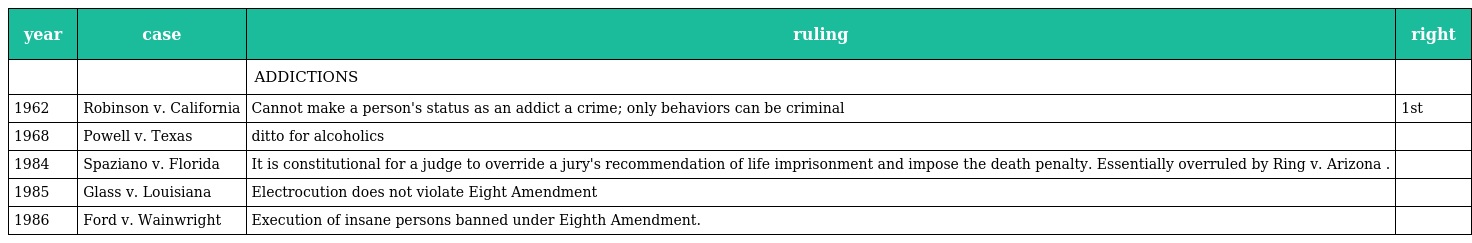
| year | case | ruling | right |
 | --- | --- | --- | --- |
 |  |  | ADDICTIONS |  |
 | 1962 | Robinson v. California | Cannot make a person's status as an addict a crime; only behaviors can be criminal | 1st |
 | 1968 | Powell v. Texas | ditto for alcoholics |  |
 | 1984 | Spaziano v. Florida | It is constitutional for a judge to override a jury's recommendation of life imprisonment and impose the death penalty. Essentially overruled by Ring v. Arizona . |  |
 | 1985 | Glass v. Louisiana | Electrocution does not violate Eight Amendment |  |
 | 1986 | Ford v. Wainwright | Execution of insane persons banned under Eighth Amendment. |  |